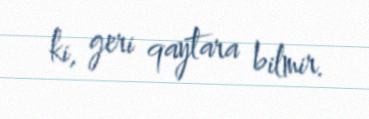
ki, geri qaytara bilmir.